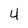
Character: 4